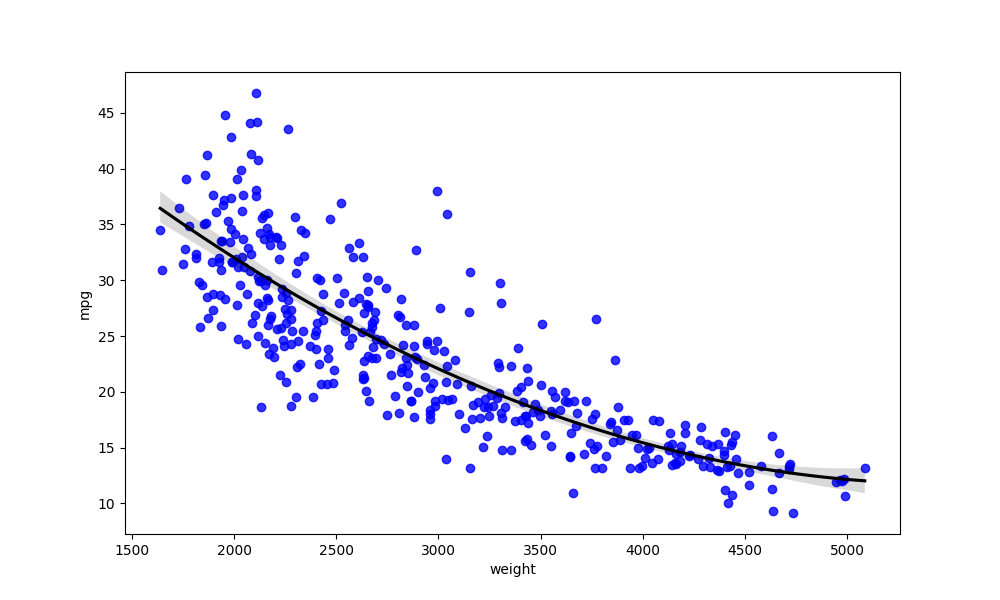
python, seaborn, regplot, order=2, ci=95, scatter_color=blue, line_color=black